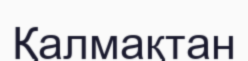
Қалмақтан